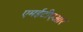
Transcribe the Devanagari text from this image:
एमईटीएआर